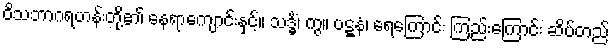
ဝိသဘာဂရဟန်းတို့၏ နေရာကျောင်းနှင့်။ သဒ္ဓိံ၊ ကွ။ ပဋ္ဋနံ၊ ရေကြောင်း ကြည်းကြောင်း ဆိပ်တည်